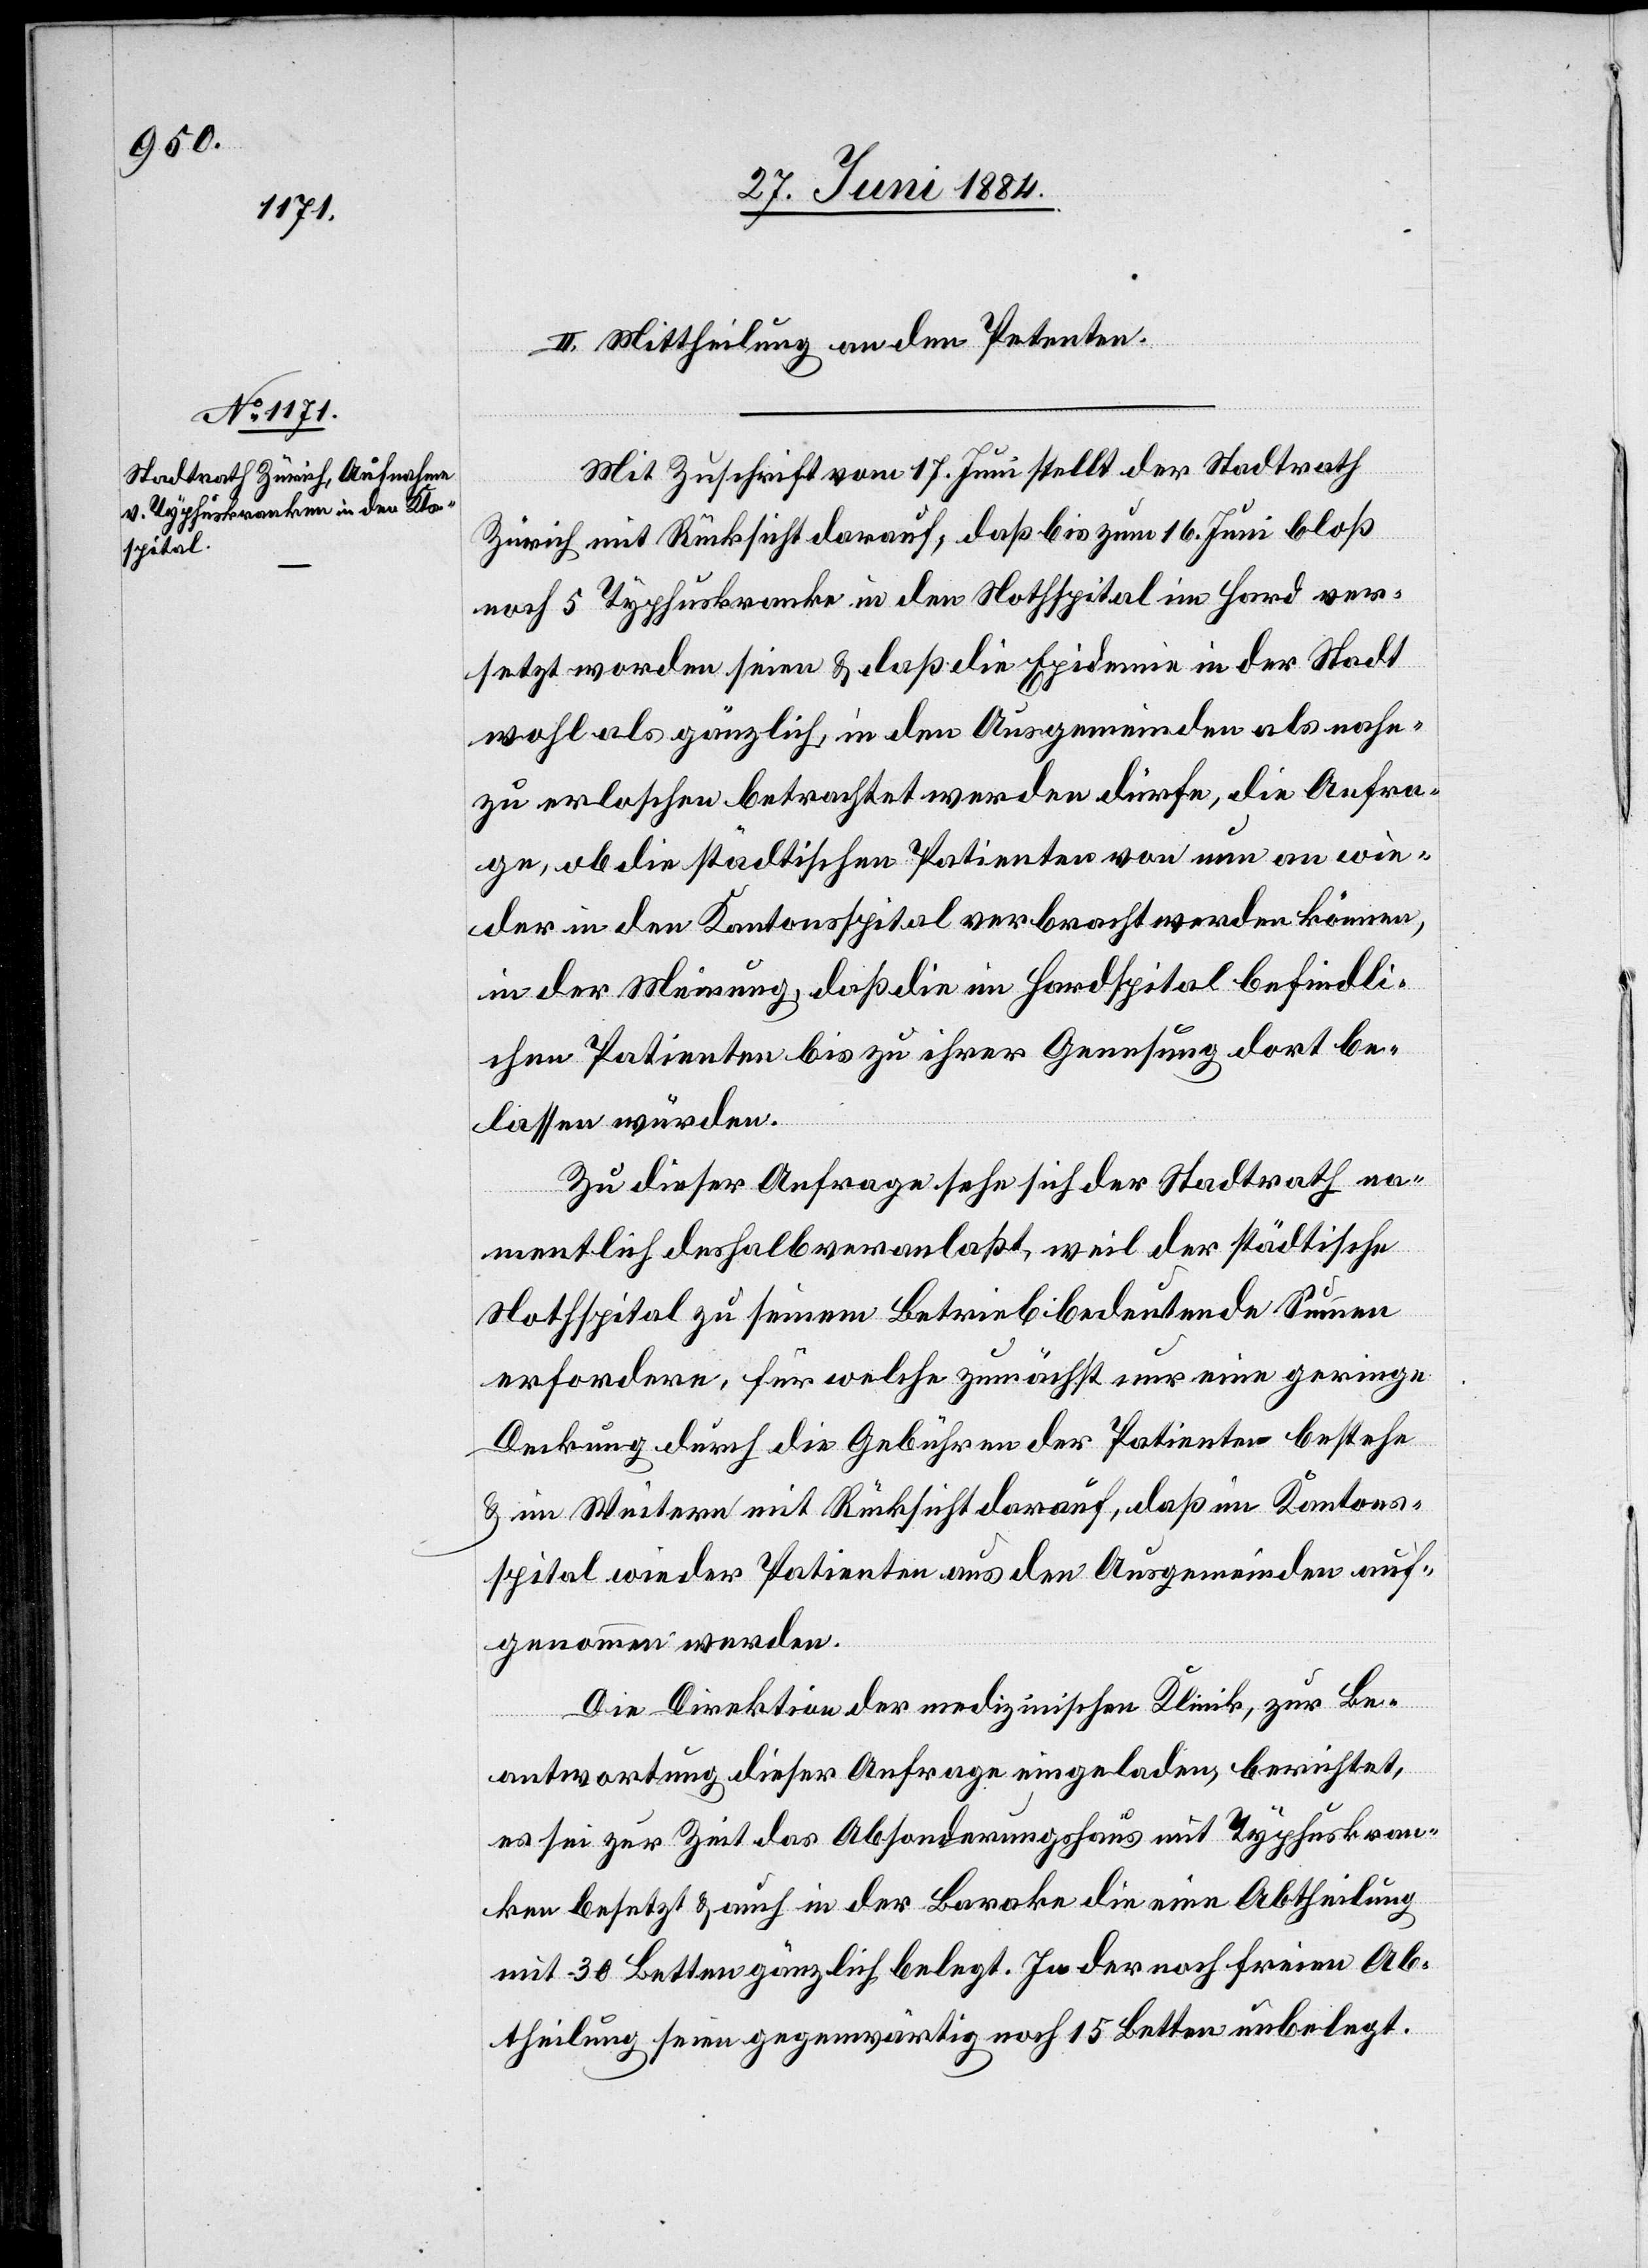
II. Mittheilung an den Petenten.
Mit Zuschrift vom 17. Juni stellt der Stadtrath
Zürich mit Rücksicht darauf, daß bis zum 16. Juni bloß
noch 5 Typhuskranke in den Nothspital im Hard ver¬
setzt worden seien & daß die Epidemie in der Stadt
wohl als gänzlich in den Ausgemeinden als nahe
zu erloschen betrachtet werden dürfe, die Anfra¬
ge, ob die städtischen Patienten von nun an wie¬
der in den Kantonsspital verbracht werden können,
in der Meinung, daß die im Hardspital befindli¬
chen Patienten bis zu ihrer Genesung dort be¬
lassen würden.
Zu dieser Anfrage sehe sich der Stadtrath na¬
mentlich deshalb veranlaßt, weil der städtische
Nothspital zu seinem Betrieb bedeutende Summen
erfordere, für welche zunächst nur eine geringe
Deckung durch die Gebühren der Patienten bestehe
& im Weitern mit Rücksicht darauf, daß im Kantons¬
spital wieder Patienten aus den Ausgemeinden auf¬
genommen werden.
Die Direktion der medizinischen Klinik, zur Be¬
antwortung dieser Anfrage eingeladen, berichtet,
es sei zur Zeit das Absonderungshaus mit Typhuskran¬
ken besetzt & auch in der Barake die eine Abtheilung
mit 30 Betten gänzlich belegt. In der noch freien Ab¬
theilung seien gegenwärtig noch 15 Betten unbelegt.